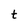
Character: t